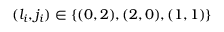
( l _ { i } , j _ { i } ) \in \{ ( 0 , 2 ) , ( 2 , 0 ) , ( 1 , 1 ) \}